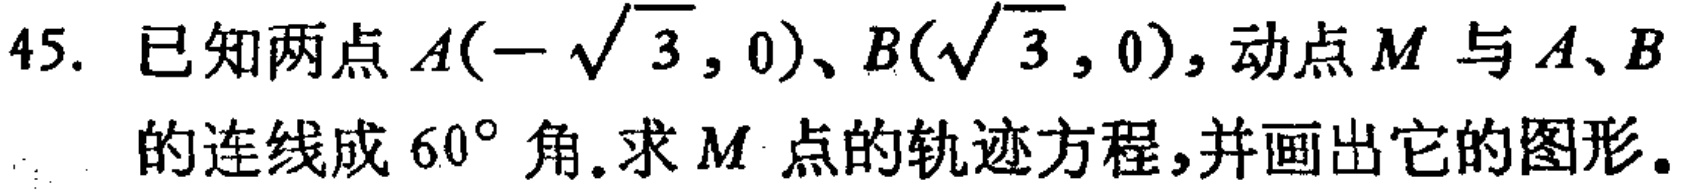
45. 已知两点\(A(-\sqrt{3},0)\)、\(B(\sqrt{3},0)\)，动点\(M\)与\(A\)、\(B\)的连线成\(60^{\circ}\)角.求\(M\)点的轨迹方程,并画出它的图形。